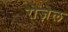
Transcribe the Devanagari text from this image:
रोज़ेल